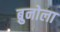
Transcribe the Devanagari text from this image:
ब्रुनोला